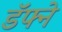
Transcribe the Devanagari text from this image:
डॅफ्ने